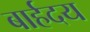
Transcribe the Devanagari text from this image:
बार्हदय